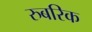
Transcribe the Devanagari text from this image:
रुबरिक